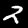
Digit: 2